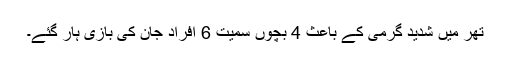
تھر میں شدید گرمی کے باعث 4 بچوں سمیت 6 افراد جان کی بازی ہار گئے۔